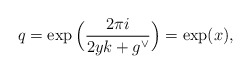
\begin{align*}q=\exp \Big( \frac{2\pi i}{2yk+g^\vee}\Big) = \exp(x),\end{align*}